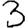
Digit: 3